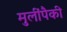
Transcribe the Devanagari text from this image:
मुलींपैकी